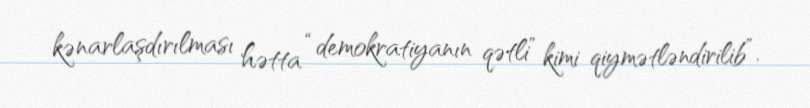
kənarlaşdırılması hətta “demokratiyanın qətli” kimi qiymətləndirilib”.